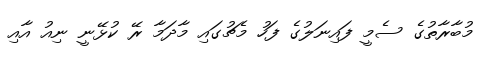
މުބާރާތުގެ ސެމީ ފައިނަލުގެ ފަހު މެޗުގައި މާދަމާ ރޭ ކުޅޭނީ ނިއު އާއި